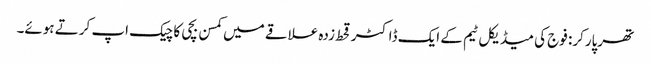
تھرپارکر: فوج کی میڈیکل ٹیم کے ایک ڈاکٹر قحط زدہ علاقے میں کمسن بچی کا چیک اپ کرتے ہوئے۔